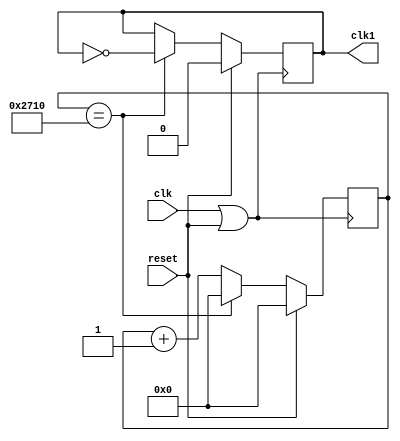
module game_clock(input clk, input reset, output clk1);

reg [23:0] counter;
reg temp_clock;

always @ (posedge clk |  reset)
begin
	if(reset)
	begin
		counter <= 0;
		temp_clock <= 0;
	end
	else
	begin
		if(counter == 10000)
		begin
			temp_clock <= ~temp_clock;
			counter <= 0;
		end
		else
			counter <= counter + 1;
	end
end

assign clk1 = temp_clock;
endmodule